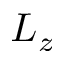
L _ { z }